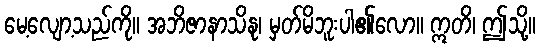
မေ့လျော့သည်ကို။ အဘိဇာနာသိနု၊ မှတ်မိဘူးပါ၏လော။ ဣတိ၊ ဤသို့။